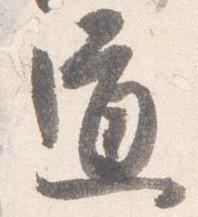
道